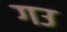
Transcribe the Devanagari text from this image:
गउ